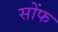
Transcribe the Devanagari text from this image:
सोंफ